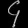
Digit: ၄